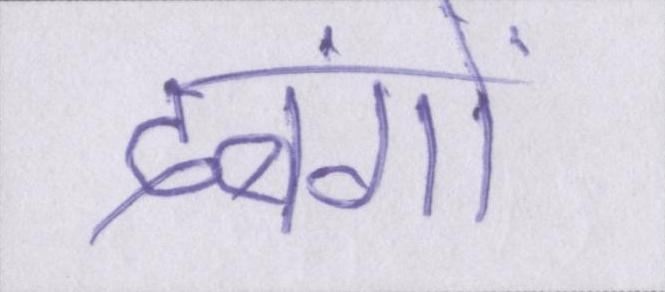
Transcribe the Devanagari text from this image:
दबंगों